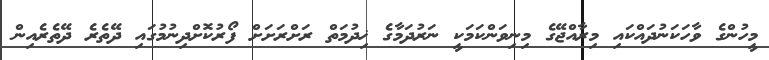
މީހުންގެ ވާހަކަނުދައްކައި މިރާއްޖޭގެ މިނިވަންކަމަކީ ނަރުދަމާގެ ޚިދުމަތް ރަށްރަށަށް ފޯރުކޮށްދިނުމުގައި ދޭތެރެ ދޭތެރެއިން